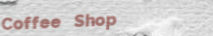
Coffee Shop